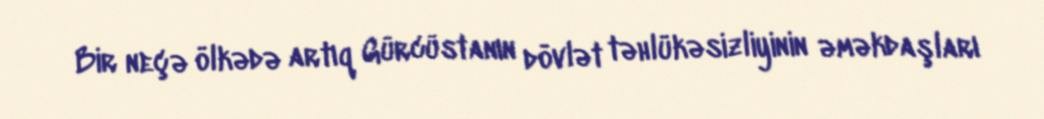
Bir neçə ölkədə artıq Gürcüstanın dövlət təhlükəsizliyinin əməkdaşları